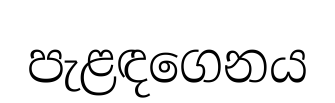
පැළඳගෙනය